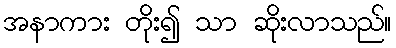
အနာကား တိုး၍ သာ ဆိုးလာသည်။